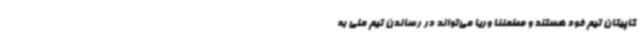
کاپیتان تیم خود هستند و مطمئنا وریا می‌تواند در رساندن تیم ملی به